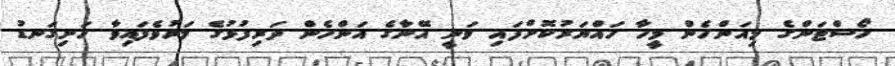
ހޯސްޓަންގެ މިއަންހެން މީހާ ހައްޔަރުކޮށްފައި ވަނީ އޭނާގެ އަންހެން ދަރިފުޅުގެ މަރުވެފައިވާ ހަށިގަނޑު